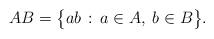
LaTeX: \begin{align*}AB = \big\{ ab \, : \, a \in A, \: b \in B \big\}.\end{align*}